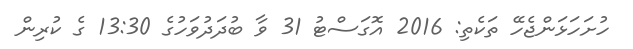
ހުށަހަޅަންޖެހޭ ތަކެތި: 2016 އޮގަސްޓު 31 ވާ ބުދަދުވަހުގެ 13:30 ގެ ކުރިން